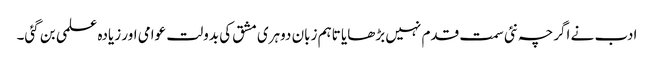
ادب نے اگرچہ نئی سمت قدم نہیں بڑھایا تاہم زبان دوہری مشق کی بدولت عوامی اور زیادہ علمی بن گئی۔